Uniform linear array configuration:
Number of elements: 32
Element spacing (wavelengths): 0.25
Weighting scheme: kaiser
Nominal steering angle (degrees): -30
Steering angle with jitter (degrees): -30.096
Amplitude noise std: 0.05
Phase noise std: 0.05

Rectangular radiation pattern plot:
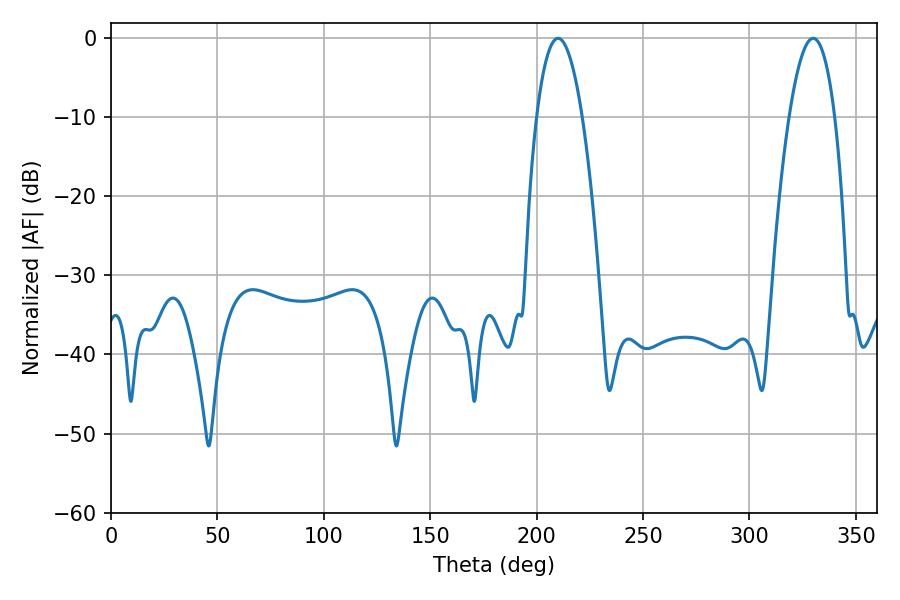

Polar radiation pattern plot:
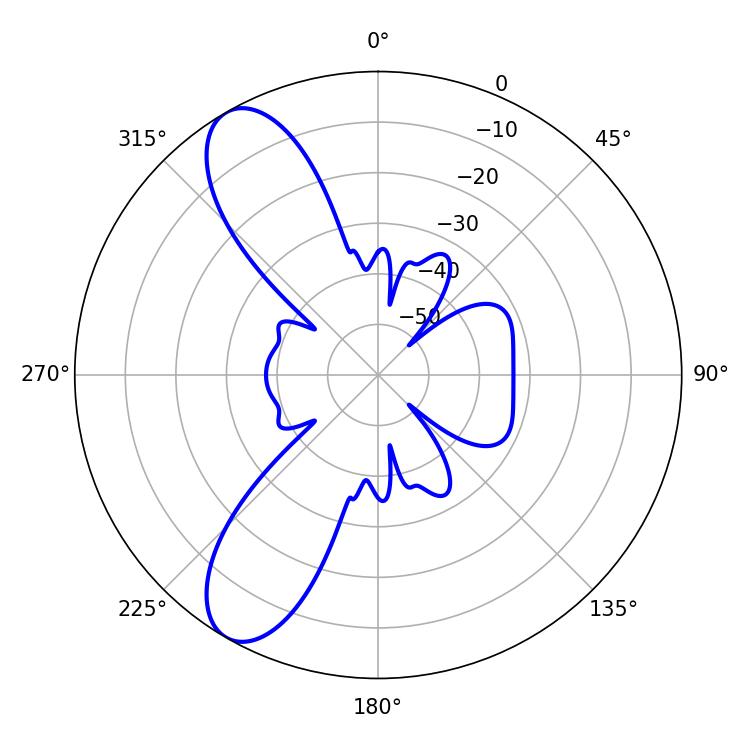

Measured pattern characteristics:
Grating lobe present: FALSE
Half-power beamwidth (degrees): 11.88
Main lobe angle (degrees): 210.06